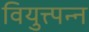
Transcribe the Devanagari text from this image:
वियुत्त्पन्न